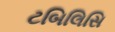
ટબિલિસિ